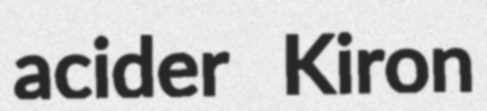
acider Kiron